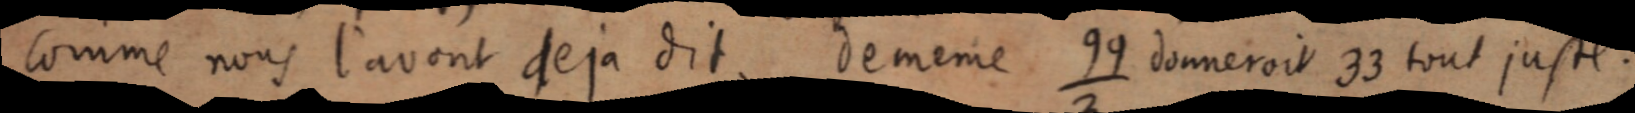
comme nous l’avont deja dit. De meme ⁹⁹⁄₃ donnerait 33 tout juste.